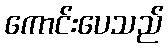
ကောင်းပေသည်